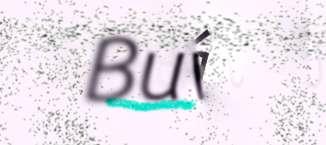
Buvtá